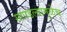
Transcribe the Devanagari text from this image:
सापडल्यामुळेच